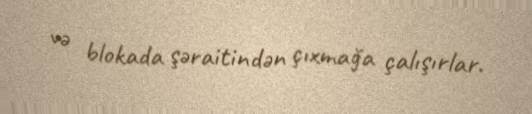
və blokada şəraitindən çıxmağa çalışırlar.